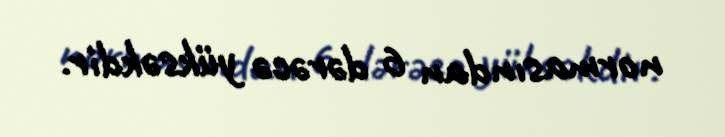
normasından 6 dərəcə yüksəkdir.